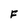
Character: F